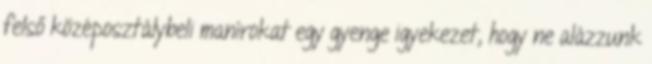
felső középosztálybeli manírokat egy gyenge igyekezet, hogy ne alázzunk